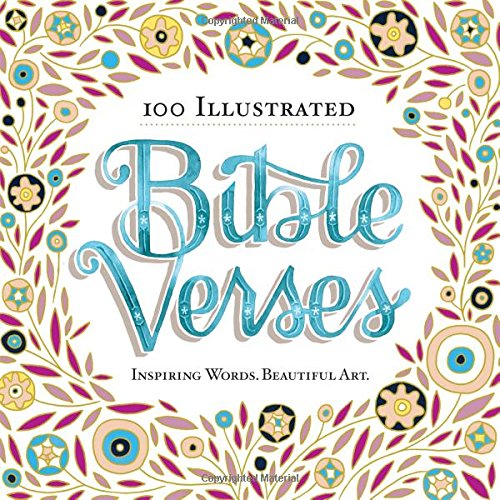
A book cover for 100 Illustrated Bible Verses: Inspiring Words. Beautiful Art.; Workman Publishing; Arts & Photography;